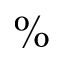
\%